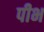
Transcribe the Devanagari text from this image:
पीभ